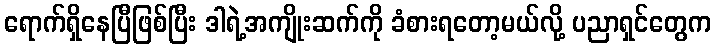
ရောက်ရှိနေပြီဖြစ်ပြီး ဒါရဲ့အကျိုးဆက်ကို ခံစားရတော့မယ်လို့ ပညာရှင်တွေက